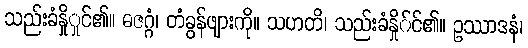
သည်းခံနှိုှုင်၏။ ဓဇဂ္ဂံ၊ တံခွန်ဖျားကို။ သဟတိ၊ သည်းခံနှို်င်၏။ ဥဿာဒနံ၊